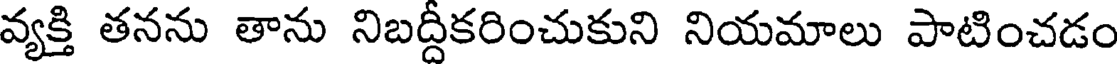
వ్యక్తి తనను తాను నిబద్దీకరించుకుని నియమాలు పాటించడం